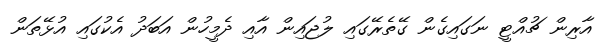
އާރިން ޗުއްޓީ ނަގައިގެން ގޭތެރޭގައި ލުޖައިން އާއި ދެމީހުން އަބަދު އެކުގައި އުޅޭތަން